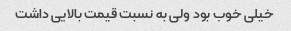
خیلی خوب بود ولی به نسبت قیمت بالایی داشت